Report of veterinary surgeon J.H. Steel, A.V.D., on his investigation into an obscure and fatal disease among transport mules in British Burma
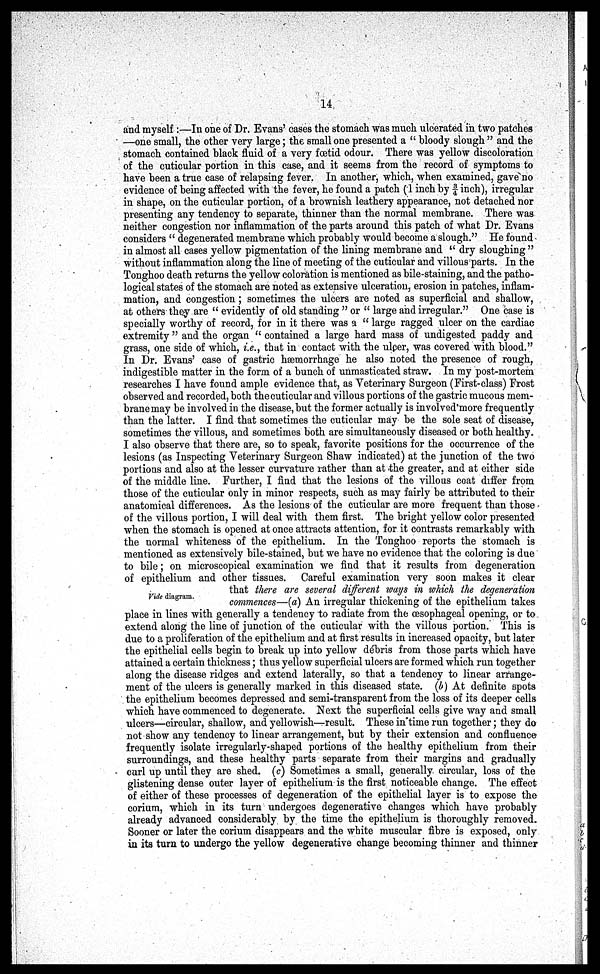
14
and myself :—In one of Dr. Evans' cases the stomach was much ulcerated in two patches
—one small, the other very large ; the small one presented a " bloody slough " and the
stomach contained black fluid of a very foetid odour. There was yellow discoloration
of the cuticular portion in this case, and it seems from the record of symptoms to
have been a true case of relapsing fever. In another, which, when examined, gave no
evidence of being affected with the fever, he found a patch (1 inch by ¾ inch), irregular
in shape, on the cuticular portion, of a brownish leathery appearance, not detached nor
presenting any tendency to separate, thinner than the normal membrane. There was
neither congestion nor inflammation of the parts around this patch of what Dr. Evans
considers " degenerated membrane which probably would become a slough." He found
in almost all cases yellow pigmentation of the lining membrane and " dry sloughing "
without inflammation along the line of meeting of the cuticular and villous parts. In the
Tonghoo death returns the yellow coloration is mentioned as bile-staining, and the patho-
logical states of the stomach are noted as extensive ulceration, erosion in patches, inflam-
mation, and congestion ; sometimes the ulcers are noted as superficial and shallow,
at others they are " evidently of old standing " or " large and irregular." One case is
specially worthy of record, for in it there was a " large ragged ulcer on the cardiac
extremity " and the organ " contained a large hard mass of undigested paddy and
grass, one side of which, i.e., that in contact with the ulcer, was covered with blood."
In Dr. Evans' case of gastric hæmorrhage he also noted the presence of rough,
indigestible matter in the form of a bunch of unmasticated straw. In my post-mortem
researches I have found ample evidence that, as Veterinary Surgeon (First-class) Frost
observed and recorded, both the cuticular and villous portions of the gastric mucous mem-
brane may be involved in the disease, but the former actually is involved more frequently
than the latter. I find that sometimes the cuticular may be the sole seat of disease,
sometimes the villous, and sometimes both are simultaneously diseased or both healthy.
I also observe that there are, so to speak, favorite positions for the occurrence of the
lesions (as Inspecting Veterinary Surgeon Shaw indicated) at the junction of the two
portions and also at the lesser curvature rather than at the greater, and at either side
of the middle line. Further, I find that the lesions of the villous coat differ from
those of the cuticular only in minor respects, such as may fairly be attributed to their
anatomical differences. As the lesions of the cuticular are more frequent than those
of the villous portion, I will deal with them first. The bright yellow color presented
when the stomach is opened at once attracts attention, for it contrasts remarkably with
the normal whiteness of the epithelium. In the Tonghoo reports the stomach is
mentioned as extensively bile-stained, but we have no evidence that the coloring is due
to bile ; on microscopical examination we find that it results from degeneration
of epithelium and other tissues. Careful examination very soon makes it clear
that there are several different ways in which the degeneration
commences—(a) An irregular thickening of the epithelium takes
place in lines with generally a tendency to radiate from the oesophageal opening, or to
extend along the line of junction of the cuticular with the villous portion. This is
due to a proliferation of the epithelium and at first results in increased opacity, but later
the epithelial cells begin to break up into yellow débris from those parts which have
attained a certain thickness ; thus yellow superficial ulcers are formed which run together
along the disease ridges and extend laterally, so that a tendency to linear arrange-
ment of the ulcers is generally marked in this diseased state. (b) At definite spots
the epithelium becomes depressed and semi-transparent from the loss of its deeper cells
which have commenced to degenerate. Next the superficial cells give way and small
ulcers—circular, shallow, and yellowish—result. These in time run together ; they do
not show any tendency to linear arrangement, but by their extension and confluence
frequently isolate irregularly-shaped portions of the healthy epithelium from their
surroundings, and these healthy parts separate from their margins and gradually
curl up until they are shed. (c) Sometimes a small, generally circular, loss of the
glistening dense outer layer of epithelium is the first noticeable change. The effect
of either of these processes of degeneration of the epithelial layer is to expose the
corium, which in its turn undergoes degenerative changes which have probably
already advanced considerably by the time the epithelium is thoroughly removed.
Sooner or later the corium disappears and the white muscular fibre is exposed, only
in its turn to undergo the yellow degenerative change becoming thinner and thinner
Vide diagram.